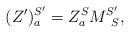
LaTeX: \begin{align*}(Z')_a^{S'} = Z^{S}_a M_{\;\;S}^{S'},\end{align*}